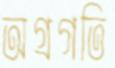
অগ্রগতি